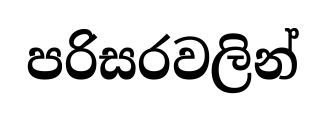
පරිසරවලින්